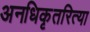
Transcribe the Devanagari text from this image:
अनधिकृतरित्या